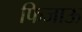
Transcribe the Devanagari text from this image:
फिजाऊ